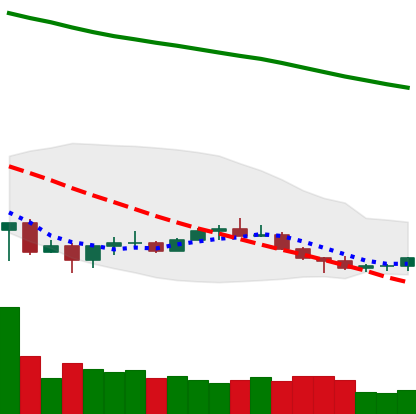
Ticker: NEO-USD
Chart end date: 2022-07-04
Forward return: 9.028%
Label: up_7plus